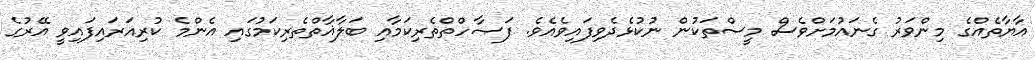
އާޔާތެއްގެ މިންވަރު ގެނައުމަށްވެސް މީސްތަކުން ނުކުޅެދެވިފައިވެއެވެ. ފަޞާހްތްތެރިކަމާއި ބަލާޣާތްތެރިކަމުގައި އެންމެ ކުރިއަރައިފައިވީ އޭރުގެ